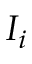
I _ { i }